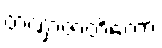
တဏှာဇာတိကော